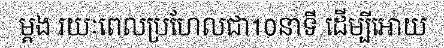
ម្តង រយៈពេលប្រហែលជា10នាទី ដើម្បីអោយ